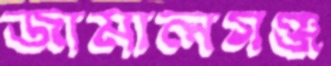
জামালগঞ্জ